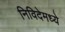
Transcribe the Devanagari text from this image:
निविदेमध्ये